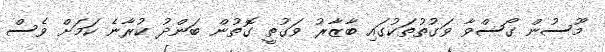
މޫސުން ގޯސްވާ ވަގުތުތަކުގައި ބާޒާރު ވަގުތީ ގޮތުން ބަންދު ކުރާނެ ކަމަށް ވެސް